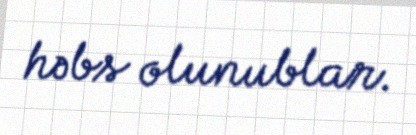
həbs olunublar.